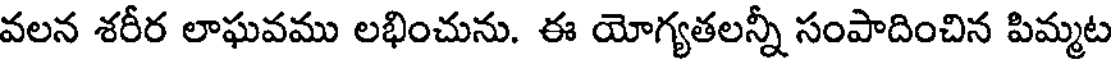
వలన శరీర లాఘవము లభించును. ఈ యోగ్యతలన్నీ సంపాదించిన పిమ్మట